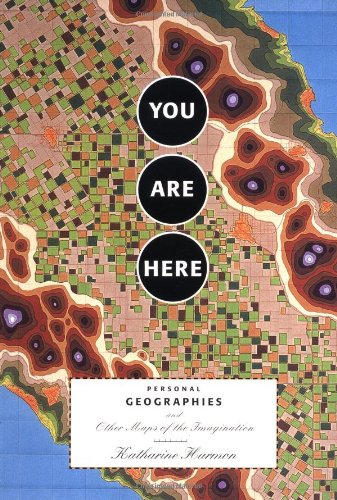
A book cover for You Are Here: Personal Geographies and Other Maps of the Imagination; Katharine Harmon; Comics & Graphic Novels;